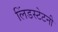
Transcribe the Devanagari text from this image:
लिंडस्टेटनी